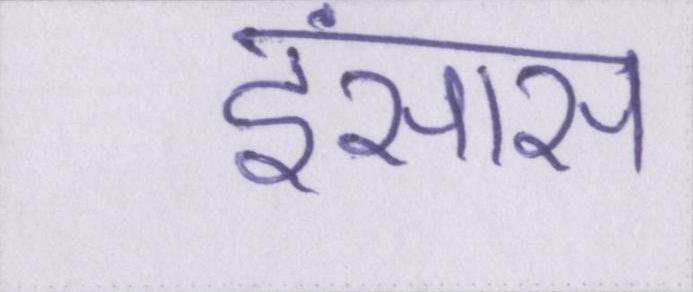
इंसास